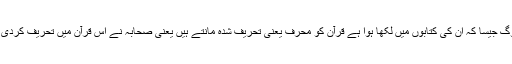
یہ لوگ جیسا کہ ان کی کتابوں میں لکھا ہوا ہے قرآن کو محرف یعنی تحریف شدہ مانتے ہیں یعنی صحابہ نے اس قرآن میں تحریف کردی ہے۔